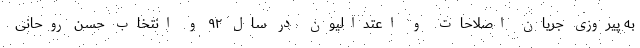
به پیروزی جریان اصلاحات و اعتدالیون در سال ۹۲ و انتخاب حسن روحانی